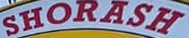
SHORASH